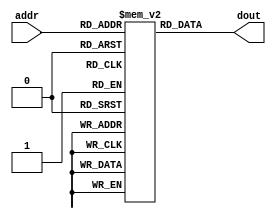
module xup_rom_8x4 #(parameter DELAY=3,rom_content=32'h12345678)(
    input [2:0] addr,
    output [3:0] dout
    );
    
    parameter N=4;//no. of bits rom word
    parameter N_WORDS=8;//no. of words in rom
    reg [N-1:0] rom [0:N_WORDS-1];
    //parameter rom_content=32'h12345678; left index of data
    parameter IXLEFT=N*N_WORDS-1;
    integer i;
    
    initial
    begin
        for(i=0;i<N_WORDS;i=i+1)
            rom[i]=rom_content[(IXLEFT-N*i)-:N];
    end
    
    assign #DELAY dout=rom[addr];  
endmodule